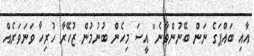
އާއި ބައްޕަގެ ނަން ބޭނުންވާނެ" އީސަ މިހެން ބުނުމުން ޒުހޭރާ ހުރިހާ ވަނަވަރެއް